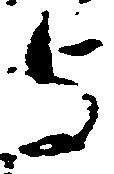
与